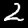
Label: 2